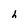
Character: h